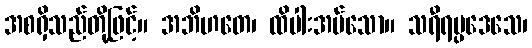
အစရှိသည်တို့ဖြင့်။ အဘိဟတေ၊ ထိပါးအပ်သော။ သရီရပ္ပဒေသေ၊